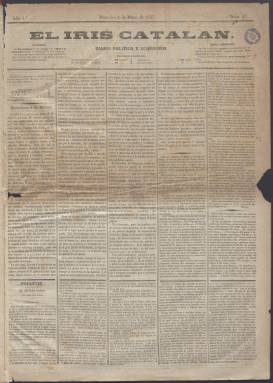
Título: El Iris catalán
Colección: Periódicos
Ámbito geográfico: Barcelona
Lugar de publicación: Barcelona
Fechas: 04/03/1857-14/08/1857